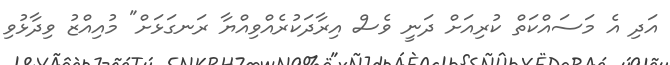
އަދި އެ މަސައްކަތް ކުރިއަށް ދަނީ ވެސް އިރާދަކުރެއްވިއްޔާ ރަނގަޅަށް" މުއިއްޒު ވިދާޅުވި